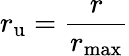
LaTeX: r_{\mathrm{u}}=\frac{r}{r_{\mathrm{max}}}